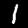
Digit: 1